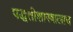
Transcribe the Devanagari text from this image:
पद्धतीशास्त्रालाच